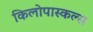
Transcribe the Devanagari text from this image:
किलोपास्कल्स